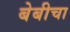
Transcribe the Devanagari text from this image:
बेबीचा